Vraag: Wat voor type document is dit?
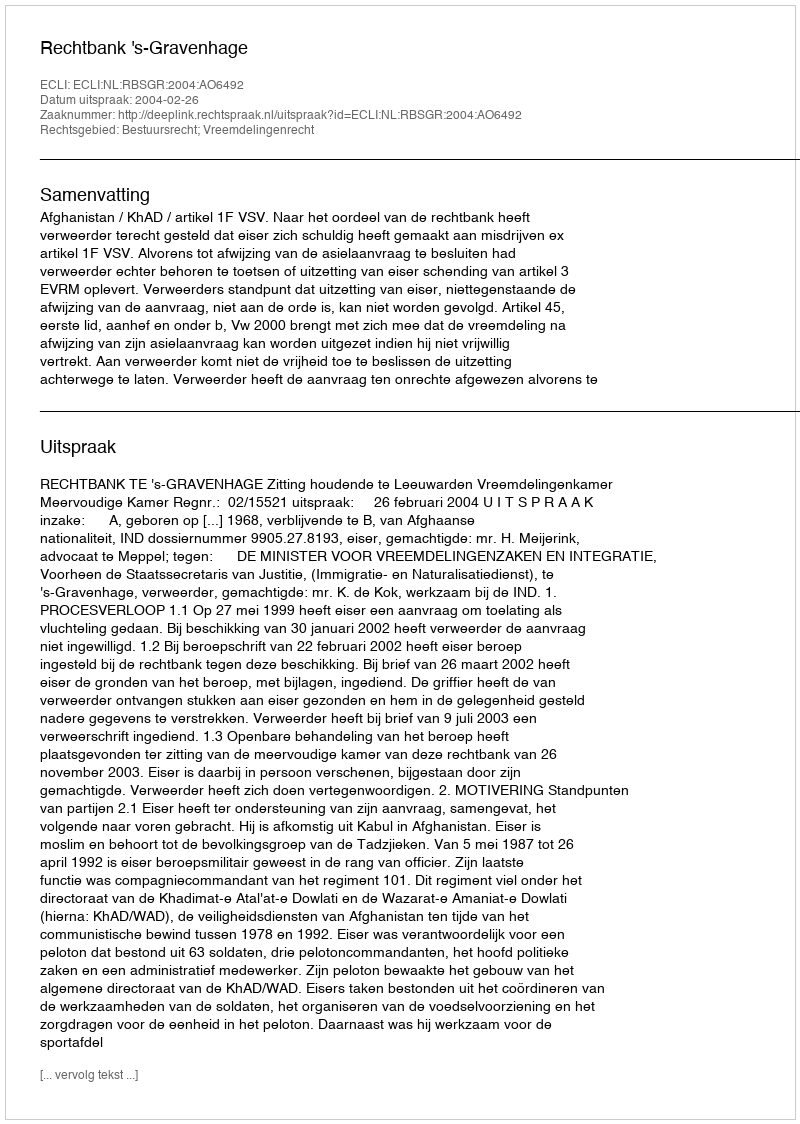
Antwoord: Uitspraak